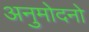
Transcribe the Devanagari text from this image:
अनुमोदनो